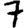
Digit: 7